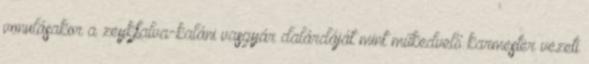
vonulásakor a zeykfalva-kaláni vasgyár dalárdáját mint műkedvelő karmester vezeti